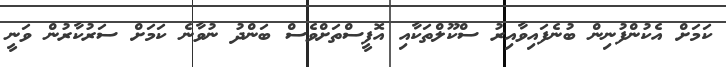
ކަމަށް އެކުންފުނިން ބުނެފައިވާއިރު ސްކޫލްތަކާއި އޮފީސްތަށްވެސް ބަންދު ނުވާނެ ކަމަށް ސަރުކާރުން ވަނީ